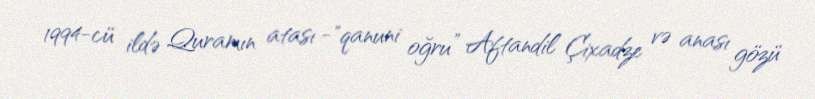
1994-cü ildə Quramın atası -"qanuni oğru” Aftandil Çixadze və anası gözü